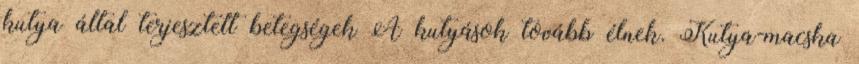
kutya által terjesztett betegségek A kutyások tovább élnek. Kutya-macska